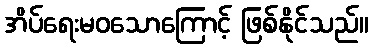
အိပ်ရေးမဝသောကြောင့် ဖြစ်နိုင်သည်။